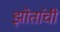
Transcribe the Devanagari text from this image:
झोतांची